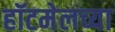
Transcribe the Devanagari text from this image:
हॉटमेलच्या